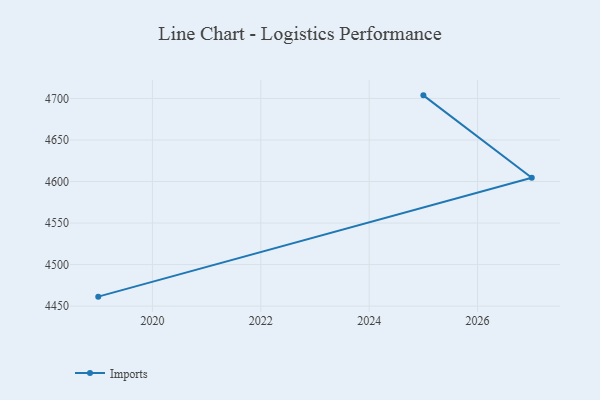
{"axis": {"x": "Year", "y": "Demand Index"}, "legend": ["Imports"], "data": [{"x": "2025", "y": 4703.7, "type": "Imports"}, {"x": "2027", "y": 4604.6, "type": "Imports"}, {"x": "2019", "y": 4461.4, "type": "Imports"}]}